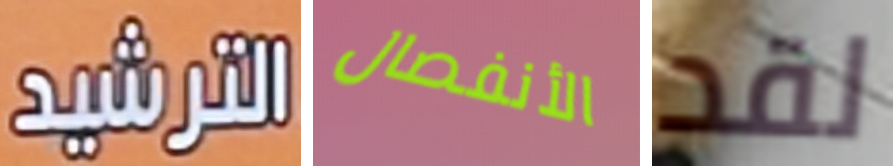
الترشيد الأنفصال لقد